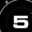
Digit: 5